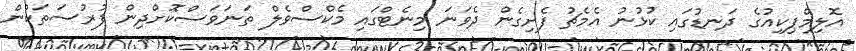
އޮލިމްޕިކިއުގެ ދަނޑުގައި ކުޅުނު އެމެޗު ފެށިގެން ދެވަނަ މިނެޓްގައި މެކްސްވެލް ތަނަވަސްކޮށްދިން ފުރުސަތަކުން